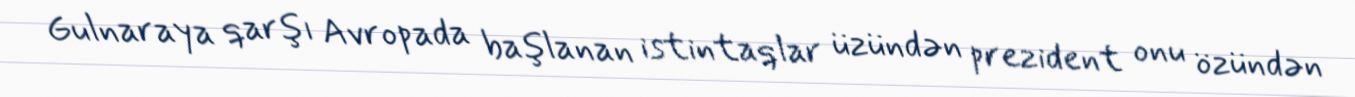
Gulnaraya qarşı Avropada başlanan istintaqlar üzündən prezident onu özündən